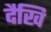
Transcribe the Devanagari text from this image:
दैखि